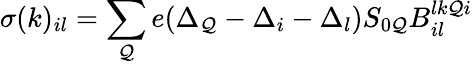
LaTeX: \sigma(k)_{il}=\sum_{\mathcal{Q}}e(\Delta_{\mathcal{Q}}-\Delta_{i}-\Delta_{l})S_{0\mathcal{Q}}B_{il}^{lk\mathcal{Q}i}